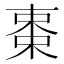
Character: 𬃅